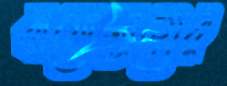
বায়োগ্যাসের